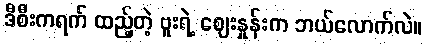
ဒီစီးကရက် ထည့်တဲ့ ဗူးရဲ့ ဈေးနှုန်းက ဘယ်လောက်လဲ။